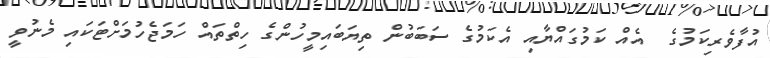
އުފާވެރިކަމުގެ  އެއް ކަމުގައްޔާއި އެކަމުގެ ސަބަބުން ތިޔަބައިމީހުންގެ ހިތްތައް ހަމަޖެހުމަށްޓަކައި މެނުވީ